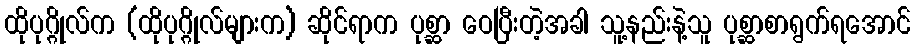
ထိုပုဂ္ဂိုလ်က (ထိုပုဂ္ဂိုလ်များက) ဆိုင်ရာက ပုစ္ဆာ ဝေပြီးတဲ့အခါ သူ့နည်းနဲ့သူ ပုစ္ဆာစာရွက်ရအောင်